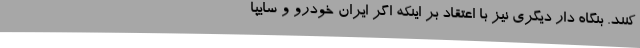
کنند. بنگاه دار دیگری نیز با اعتقاد بر اینکه اگر ایران خودرو و سایپا